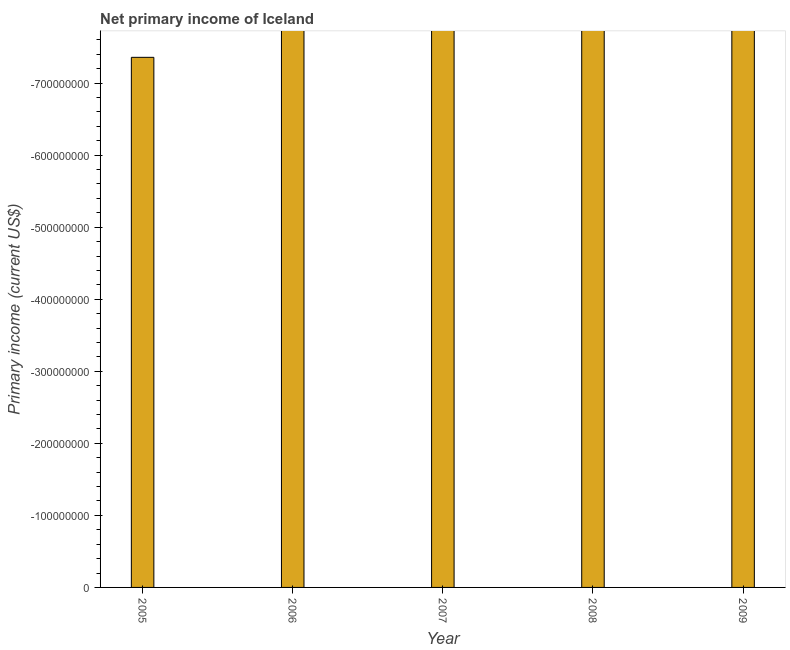
| Year | Net primary income |
 | --- | --- |
 | 2005 | -7.36e+08 |
 | 2006 | -1.15e+09 |
 | 2007 | -2.08e+09 |
 | 2008 | -3.64e+09 |
 | 2009 | -1.47e+09 |